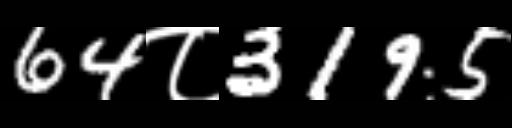
Text: 64८3195